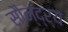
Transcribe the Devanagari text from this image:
सौन्द्र्य